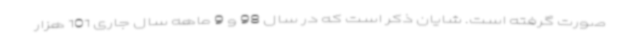
صورت گرفته است. شایان ذکر است که در سال 98 و 9 ماهه سال جاری 101 هزار